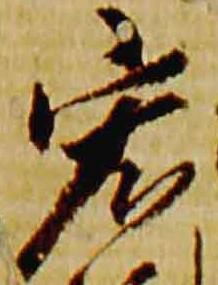
宏